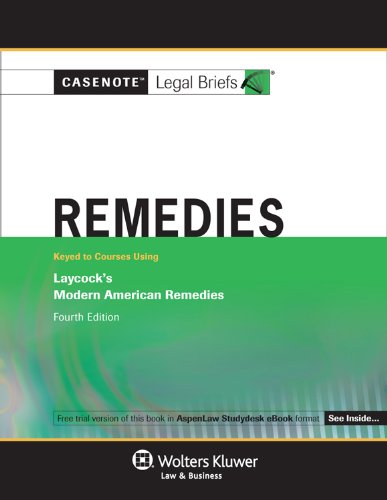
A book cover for Casenotes Legal Briefs: Remedies Keyed to Laycock 4th Edition (Casenote Legal Briefs); Casenotes; Law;